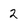
Character: 2